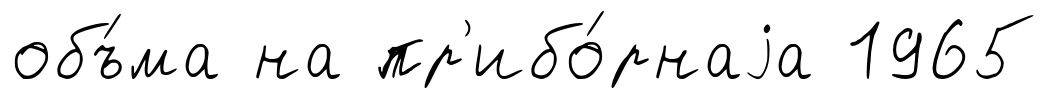
объ́ма на пр'ибо́рнаjа 1965